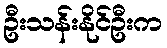
ဦးသန်းနိုင်ဦးက